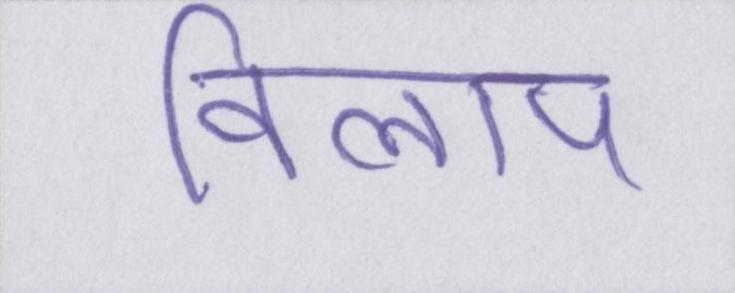
विलाप